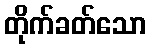
တိုက်ခတ်သော